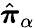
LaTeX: \hat{\boldsymbol{\pi}}_{\alpha}